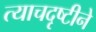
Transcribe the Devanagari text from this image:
त्याचदृष्टीने